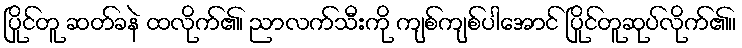
ပြိုင်တူ ဆတ်ခနဲ ထလိုက်၏၊ ညာလက်သီးကို ကျစ်ကျစ်ပါအောင် ပြိုင်တူဆုပ်လိုက်၏။